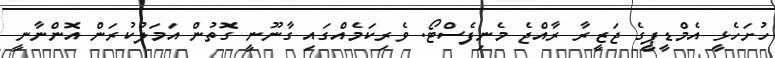
ހުށަހެޅީ އެމްޑީޕީގެ ޖަޒީރާ ރާއްޖެ މެނިފެސްޓޯ. ވެރިކަމެއްގައި ގާނޫނީ ގޮތުން އަމަލުކުރަން އޮންނާނީ